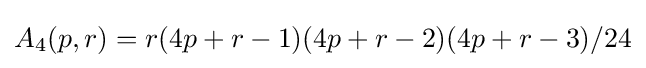
A_{4}(p,r)=r(4p+r-1)(4p+r-2)(4p+r-3)/24